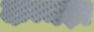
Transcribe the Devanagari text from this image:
कन्नड़ा